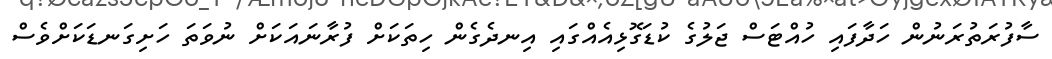
ސާފުރަތުރަނުން ހަދާފައި ހުއްޓަސް ޖަލުގެ ކުޑަގޮޅިއެއްގައި އިނދެގެން ހިތަކަށް ފުރާނައަކަށް ނުވަތަ ހަށިގަނޑަކަށްވެސް